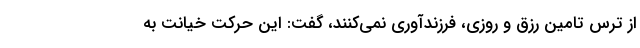
از ترس تامین رزق و روزی، فرزندآوری نمی‌کنند، گفت: این حرکت خیانت به